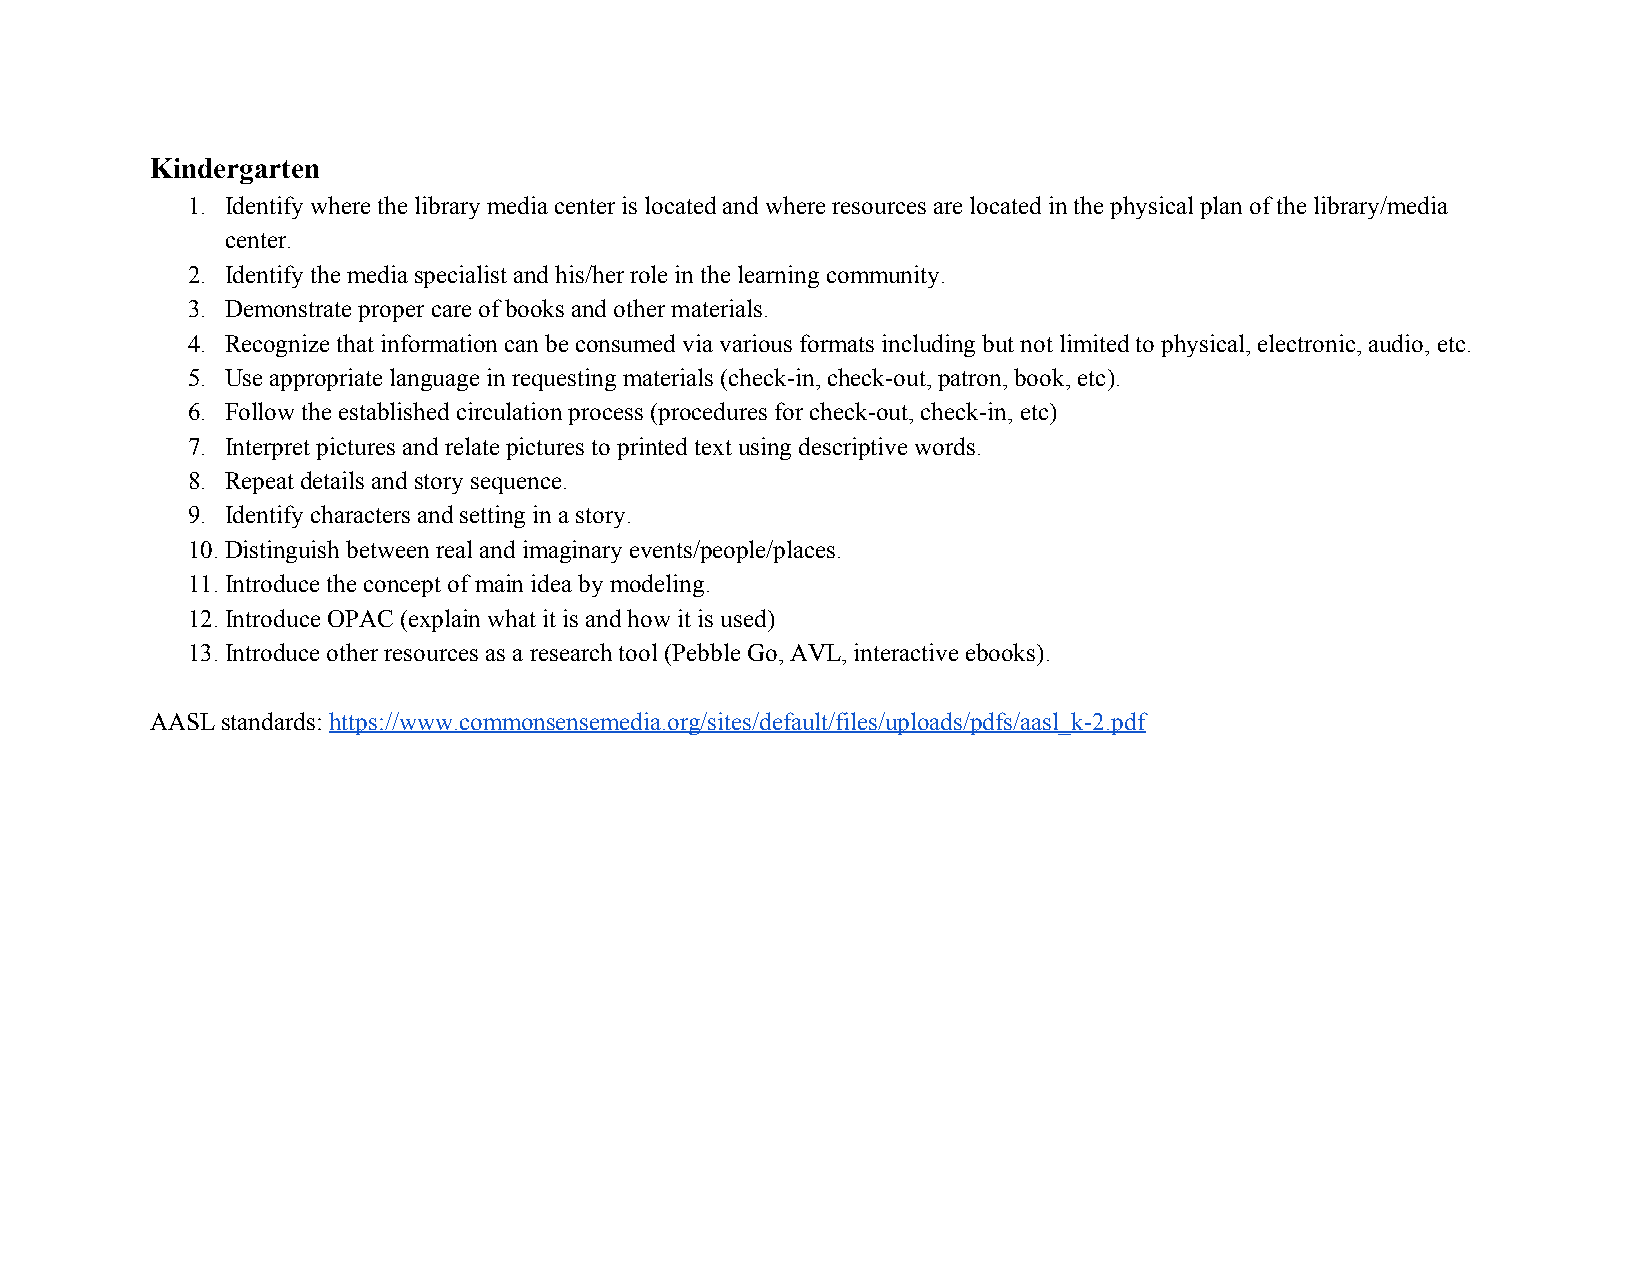
Kindergarten
 1. Identify where the library media center is located and where resources are located in the physical plan of the library/media
 center.
 2. Identify the media specialist and his/her role in the learning community.
 3. Demonstrate proper care of books and other materials.
 4. Recognize that information can be consumed via various formats including but not limited to physical, electronic, audio, etc.
 5. Use appropriate language in requesting materials (check-in, check-out, patron, book, etc).
 6. Follow the established circulation process (procedures for check-out, check-in, etc)
 7. Interpret pictures and relate pictures to printed text using descriptive words.
 8. Repeat details and story sequence.
 9. Identify characters and setting in a story.
 10.Distinguish between real and imaginary events/people/places.
 11.Introduce the concept of main idea by modeling.
 12.Introduce OPAC (explain what it is and how it is used)
 13.Introduce other resources as a research tool (Pebble Go, AVL, interactive ebooks).
 AASL standards: https://www.commonsensemedia.org/sites/default/files/uploads/pdfs/aasl_k-2.pdf
 ​